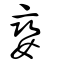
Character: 孌